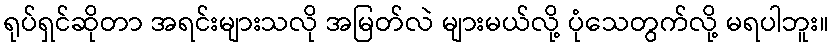
ရုပ်ရှင်ဆိုတာ အရင်းများသလို အမြတ်လဲ များမယ်လို့ ပုံသေတွက်လို့ မရပါဘူး။